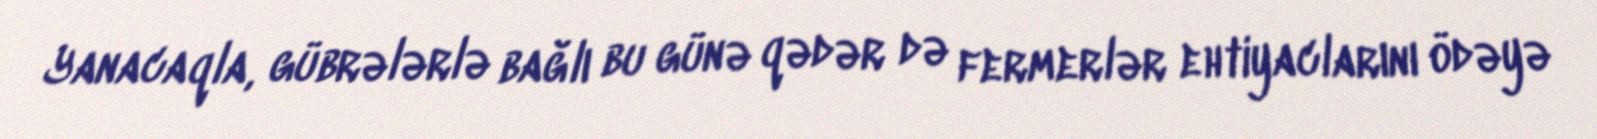
Yanacaqla, gübrələrlə bağlı bu günə qədər də fermerlər ehtiyaclarını ödəyə